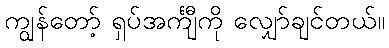
ကျွန်တော့် ရှပ်အင်္ကျီကို လျှော်ချင်တယ်။